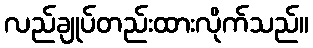
လည်ချုပ်တည်းထားလိုက်သည်။